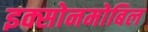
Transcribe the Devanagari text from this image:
इक्सोनमोबिल